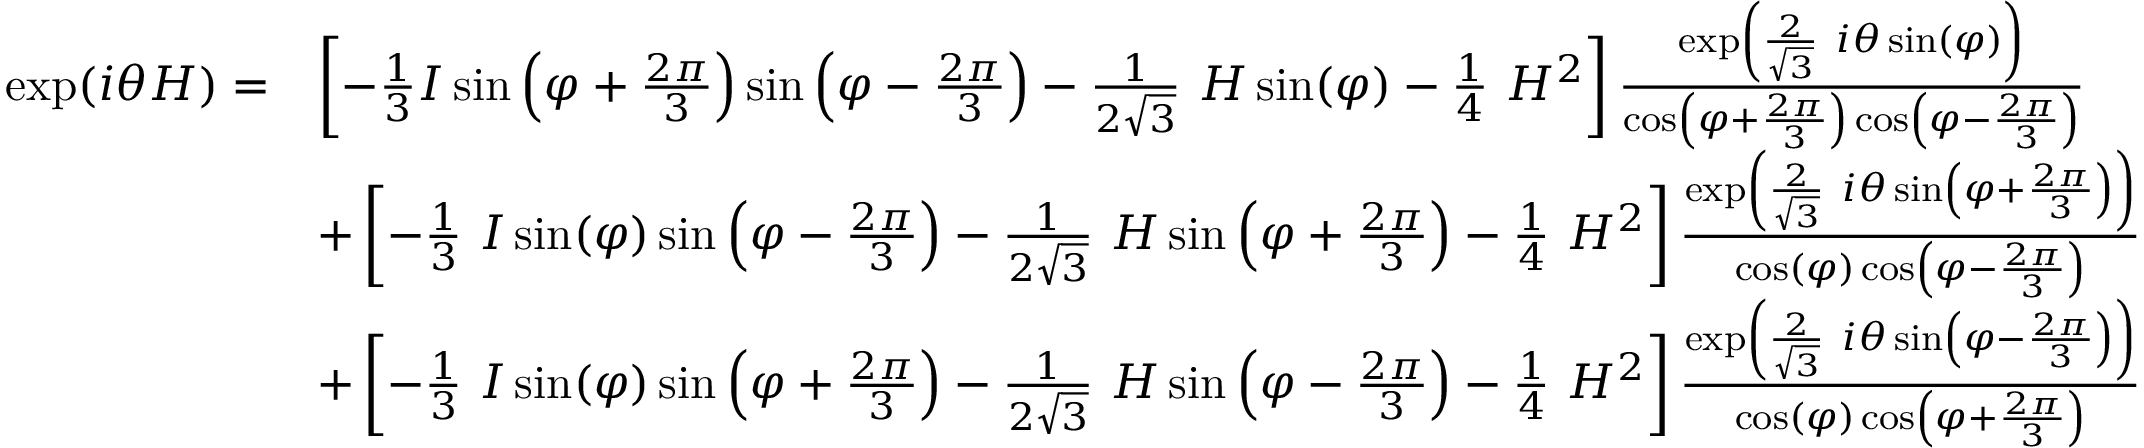
{ \begin{array} { r l } { \exp ( i \theta H ) = } & { \left[ - { \frac { 1 } { 3 } } I \sin \left( \varphi + { \frac { 2 \pi } { 3 } } \right) \sin \left( \varphi - { \frac { 2 \pi } { 3 } } \right) - { \frac { 1 } { 2 { \sqrt { 3 } } } } ~ H \sin ( \varphi ) - { \frac { 1 } { 4 } } ~ H ^ { 2 } \right] { \frac { \exp \left( { \frac { 2 } { \sqrt { 3 } } } ~ i \theta \sin ( \varphi ) \right) } { \cos \left( \varphi + { \frac { 2 \pi } { 3 } } \right) \cos \left( \varphi - { \frac { 2 \pi } { 3 } } \right) } } } \\ & { + \left[ - { \frac { 1 } { 3 } } ~ I \sin ( \varphi ) \sin \left( \varphi - { \frac { 2 \pi } { 3 } } \right) - { \frac { 1 } { 2 { \sqrt { 3 } } } } ~ H \sin \left( \varphi + { \frac { 2 \pi } { 3 } } \right) - { \frac { 1 } { 4 } } ~ H ^ { 2 } \right] { \frac { \exp \left( { \frac { 2 } { \sqrt { 3 } } } ~ i \theta \sin \left( \varphi + { \frac { 2 \pi } { 3 } } \right) \right) } { \cos ( \varphi ) \cos \left( \varphi - { \frac { 2 \pi } { 3 } } \right) } } } \\ & { + \left[ - { \frac { 1 } { 3 } } ~ I \sin ( \varphi ) \sin \left( \varphi + { \frac { 2 \pi } { 3 } } \right) - { \frac { 1 } { 2 { \sqrt { 3 } } } } ~ H \sin \left( \varphi - { \frac { 2 \pi } { 3 } } \right) - { \frac { 1 } { 4 } } ~ H ^ { 2 } \right] { \frac { \exp \left( { \frac { 2 } { \sqrt { 3 } } } ~ i \theta \sin \left( \varphi - { \frac { 2 \pi } { 3 } } \right) \right) } { \cos ( \varphi ) \cos \left( \varphi + { \frac { 2 \pi } { 3 } } \right) } } } \end{array} }